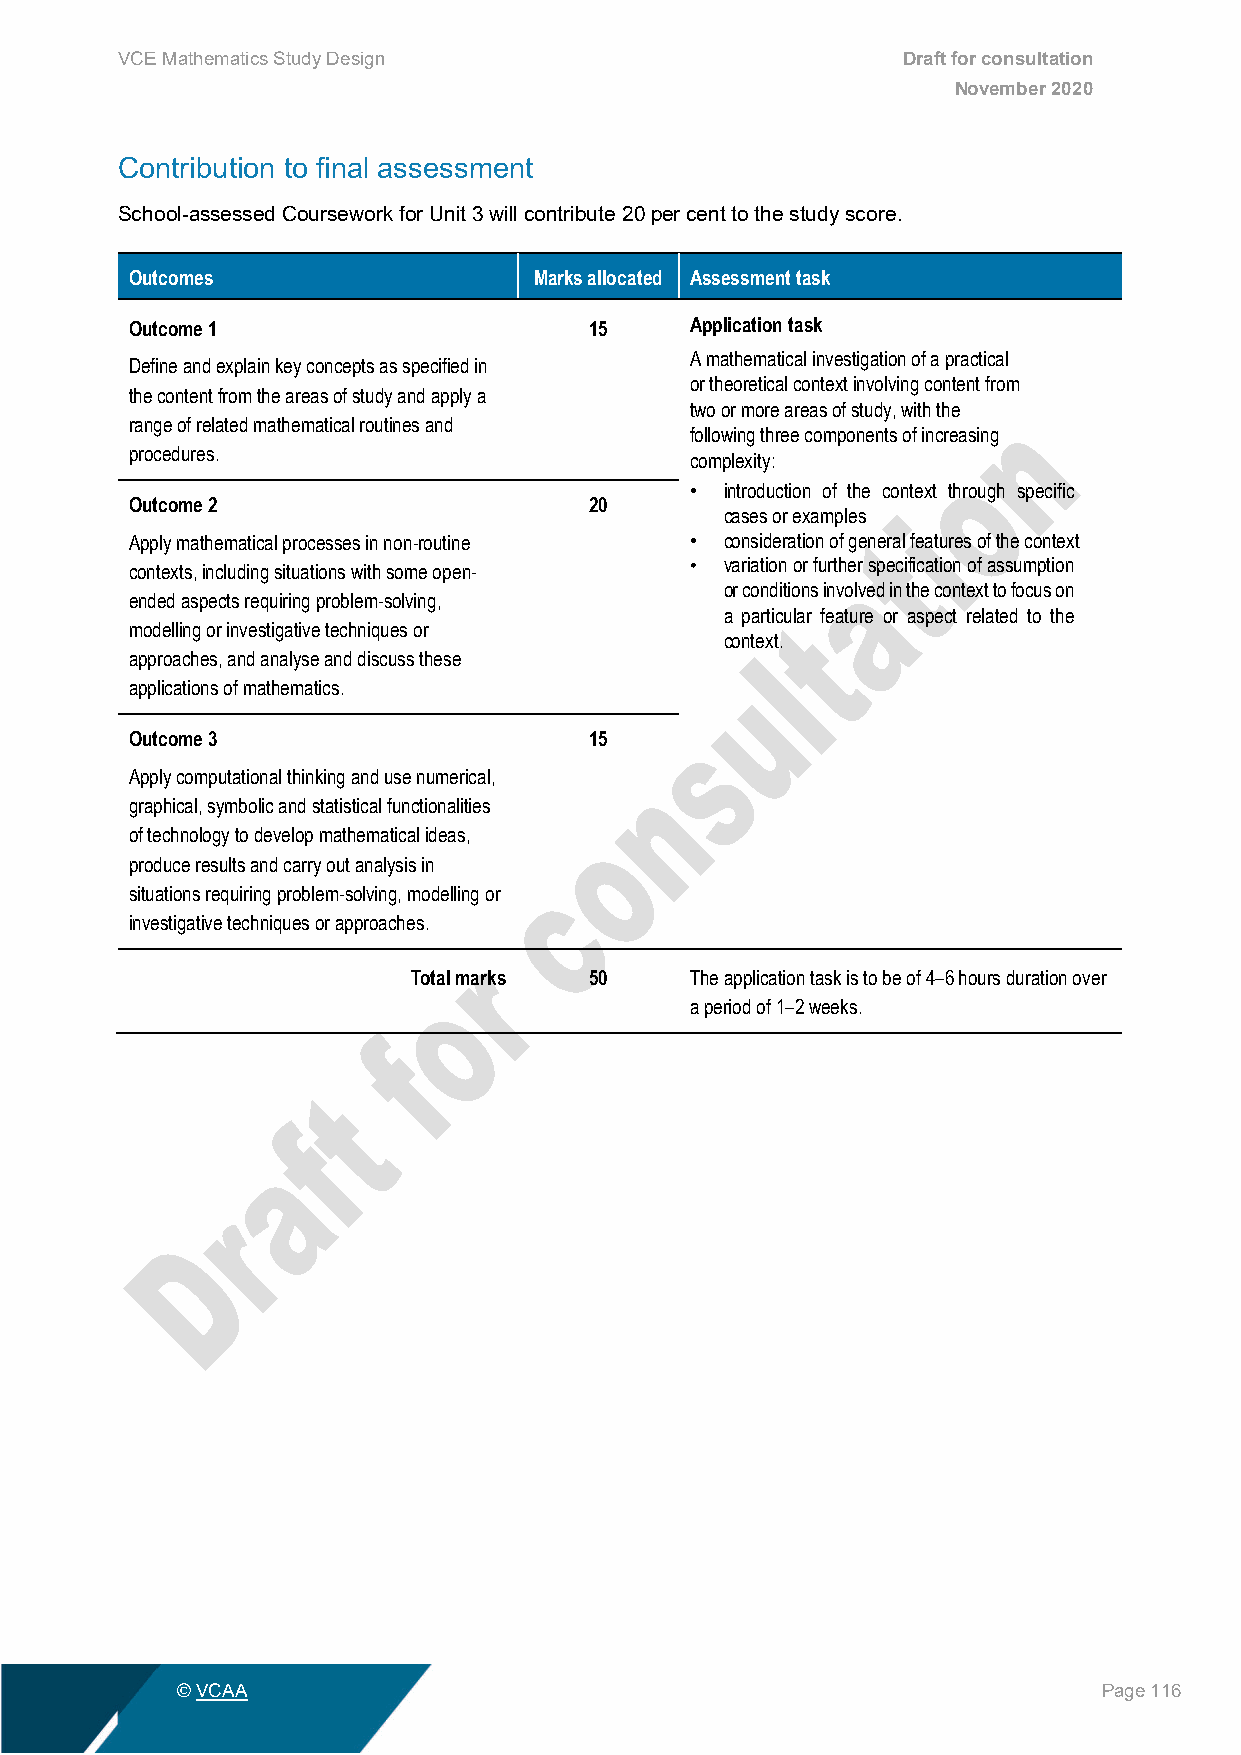
VCE Mathematics Study Design                        Draft for consultation
 November 2020
 Contribution to final assessment
 School-assessed Coursework for Unit 3 will contribute 20 per cent to the study score.
 Outcomes                  Marks allocated Assessment task
 Outcome 1                     15     Application task
 A mathematical investigation of a practical
 Define and explain key concepts as specified in
 or theoretical context involving content from
 the content from the areas of study and apply a
 two or more areas of study, with the
 range of related mathematical routines and
 following three components of increasing
 procedures.
 complexity:
 • introduction of the context through specific
 Outcome 2                     20
 cases or examples
 Apply mathematical processes in non-routine • consideration of general features of the context
 contexts, including situations with some open- • variation or further specification of assumption
 or conditions involved in the context to focus on
 ended aspects requiring problem-solving,
 a particular feature or aspect related to the
 modelling or investigative techniques or
 context.
 approaches, and analyse and discuss these
 applications of mathematics.
 Outcome 3                     15
 Apply computational thinking and use numerical,
 graphical, symbolic and statistical functionalities
 of technology to develop mathematical ideas,
 produce results and carry out analysis in
 situations requiring problem-solving, modelling or
 investigative techniques or approaches.
 Total marks 50     The application task is to be of 4–6 hours duration over
 a period of 1–2 weeks.
 © VCAA                                                       Page 116